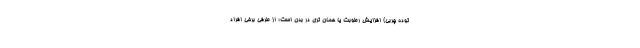
توده چربی) افزایش رطوبت یا همان تری در بدن است؛ از طرفی برخی افراد